Plague in India, 1896, 1897 - Volume 1
Year: 1896
Disease focus: Plague
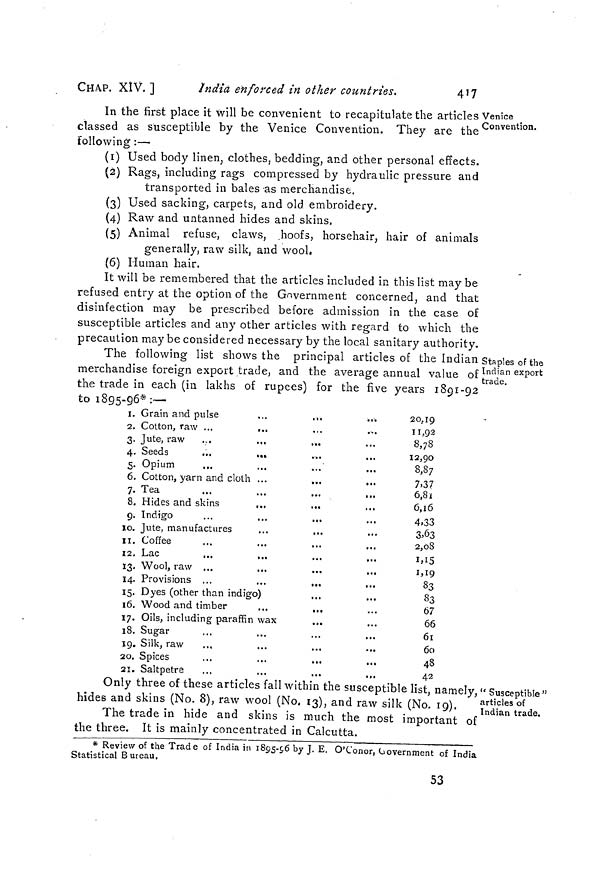
CHAP. XIV. ]
India enforced in other countries.
417
In the first place it will be convenient to recapitulate the articles Venice
classed as susceptible by the Venice Convention. They are the c onvention.
following :—
(1) Used body linen, clothes, bedding, and other personal effects.
(2) Rags, including rags compressed by hydraulic pressure and
transported in bales-as merchandise.
(3) Used sacking, carpets, and old embroidery.
(4) Raw and untanned hides and skins.
(5) Animal refuse, claws, hoofs, horsehair, hair of animals
generally, raw silk, and wool.
(6) Human hair.
It will be remembered that the articles included in this list may be
refused entry at the option of the Government concerned, and that
disinfection may be prescribed before admission in the case of
susceptible articles and any other articles with regard to which the
precaution may be considered necessary by the local sanitary authority.
The following list shows the principal articles of the Indian staples of the
merchandise foreign export trade, and the average annual value of I ndian export
the trade in each (in lakhs of rupees) for the five years 1891-92
to 1895-96*:—
I.
2.
3.
4.
5.
6.
7.
8.
9.
JO.
11.
12.
13.
14.
15.
16.
17.
18.
19.
20.
21.
Grain and pulse
...
...
Cotton, raw ...
...
Jute, raw ...
...
...
Seeds
...
...
Opium
Cotton, yarn and cloth ...
...
Tea
Hides and skins
„.
Indigo
Jute, manufactures
Coffee
Lac
Wool, raw ...
...
Provisions ...
...
...
...
Dyes (other than indigo)
Wood and timber
...
...
Oils, including paraffin wax
Sugar
Silk, raw
Spices
Saltpetre
20.19
11,92
8,78
12,90
8,87
7.37
6,81
6,16
4,33
3,63
2,08
1,15
1,19
83
83
67
66
61
60
48
42
" Susceptible "
articles of
Indian trade.
Only three of these articles fall within the susceptible list, namely,
hides and skins (No. 8), raw wool (No. 13), and raw silk (No. 19).
The trade in hide and skins is much the most important of
the three. It is mainly concentrated in Calcutta.
* Review of the Trade of India in 1895-96 by J. E. O'Conor, Government of India
Statistical Bureau.
53